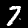
Label: 7